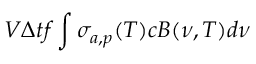
V \Delta t f \int \sigma _ { a , p } ( T ) c B ( \nu , T ) d \nu